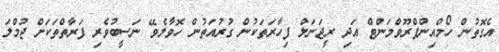
އެގޮތުން ހޯމްއިންޕްރޫވްމަންޓް އަދި ރީޖަނަލް ފިހާރަތަކުން ގުރުއަތުން ހޮވާލެވޭ ނަސީބުވެރި ފަރާތްތަކަށް ޖުމްލަ